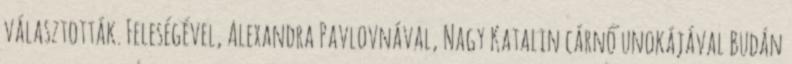
választották. Feleségével, Alexandra Pavlovnával, Nagy Katalin cárnő unokájával Budán